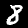
Digit: 8